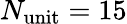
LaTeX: N_{\mathrm{unit}}=15